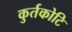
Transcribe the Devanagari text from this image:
कुर्तकोटि